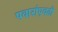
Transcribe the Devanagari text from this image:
पवारांएवढी